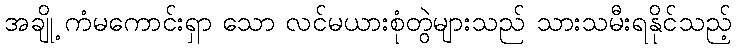
အချို့ ကံမကောင်းရှာ သော လင်မယားစုံတွဲများသည် သားသမီးရနိုင်သည့်